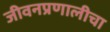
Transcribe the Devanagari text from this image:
जीवनप्रणालीचा